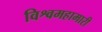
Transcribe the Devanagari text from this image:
विश्वमहामारी